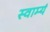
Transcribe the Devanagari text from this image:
स्वाम्यं